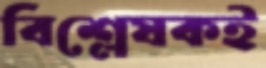
বিশ্লেষকই